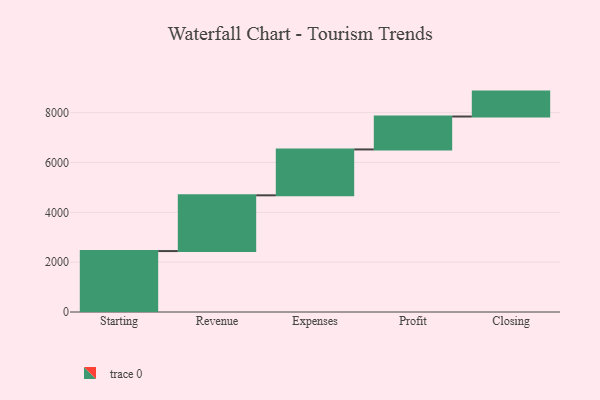
{"axis": {"x": "Step", "y": "Value"}, "legend": [""], "data": [{"x": "Starting", "y": 2445.0, "type": ""}, {"x": "Revenue", "y": 2237.0, "type": ""}, {"x": "Expenses", "y": 1841.0, "type": ""}, {"x": "Profit", "y": 1321.0, "type": ""}, {"x": "Closing", "y": 1000, "type": ""}]}